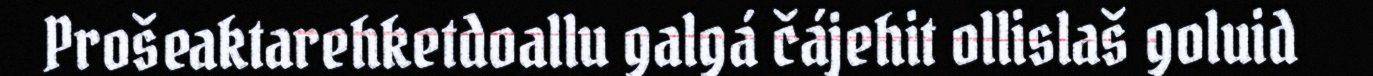
Prošeaktarehketdoallu galgá čájehit ollislaš goluid